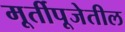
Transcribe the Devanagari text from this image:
मूर्तीपूजेतील